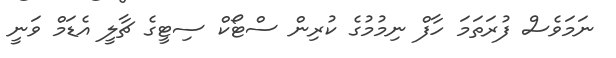
ނަމަވެސް ފުރަތަމަ ހާފް ނިމުމުގެ ކުރިން ސްޓޯކް ސިޓީގެ ޗާލީ އެޑަމް ވަނީ